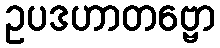
ဥပဒဟာတဗ္ဗော